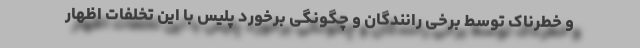
و خطرناک توسط برخی رانندگان و چگونگی ‌برخورد پلیس با این تخلفات اظهار